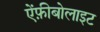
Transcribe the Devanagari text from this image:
ऐंफ़ीबोलाइट